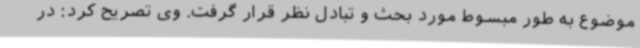
موضوع به طور مبسوط مورد بحث و تبادل نظر قرار گرفت. وی تصریح کرد: در